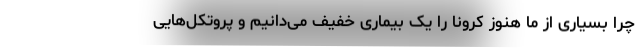
چرا بسیاری از ما هنوز کرونا را یک بیماری خفیف می‌دانیم و پروتکل‌هایی